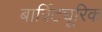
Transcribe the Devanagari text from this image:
बार्विट्यूरिक